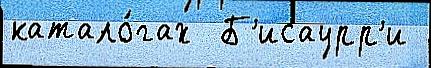
катало́гах  Б'исаурр'и